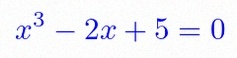
x^3-2x+5=0